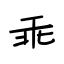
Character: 乖